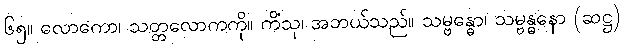
၆၅။ လောကော၊ သတ္တလောကကို။ ကိံသု၊ အဘယ်သည်။ သမ္ဗန္ဓော၊ သမ္ဗန္ဓနော (ဆဋ္ဌ)